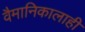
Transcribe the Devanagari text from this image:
वैमानिकालाही